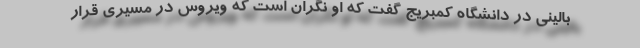
بالینی در دانشگاه کمبریج گفت که او نگران است که ویروس در مسیری قرار